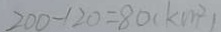
2 0 0 - 1 2 0 = 8 0 ( k m ^ { 2 } )